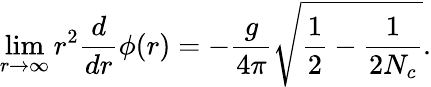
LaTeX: \operatorname*{lim}_{r\to\infty}r^{2}\frac{d}{dr}\phi(r)=-\frac{g}{4\pi}\sqrt{\frac{1}{2}-\frac{1}{2N_{c}}}.